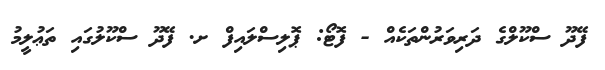
ފޭދޫ ސްކޫލްގެ ދަރިވަރުންތަކެއް - ފޮޓޯ: ޕޮލިސްލައިފް ށ. ފޭދޫ ސްކޫލުގައި ތަޢުލީމު